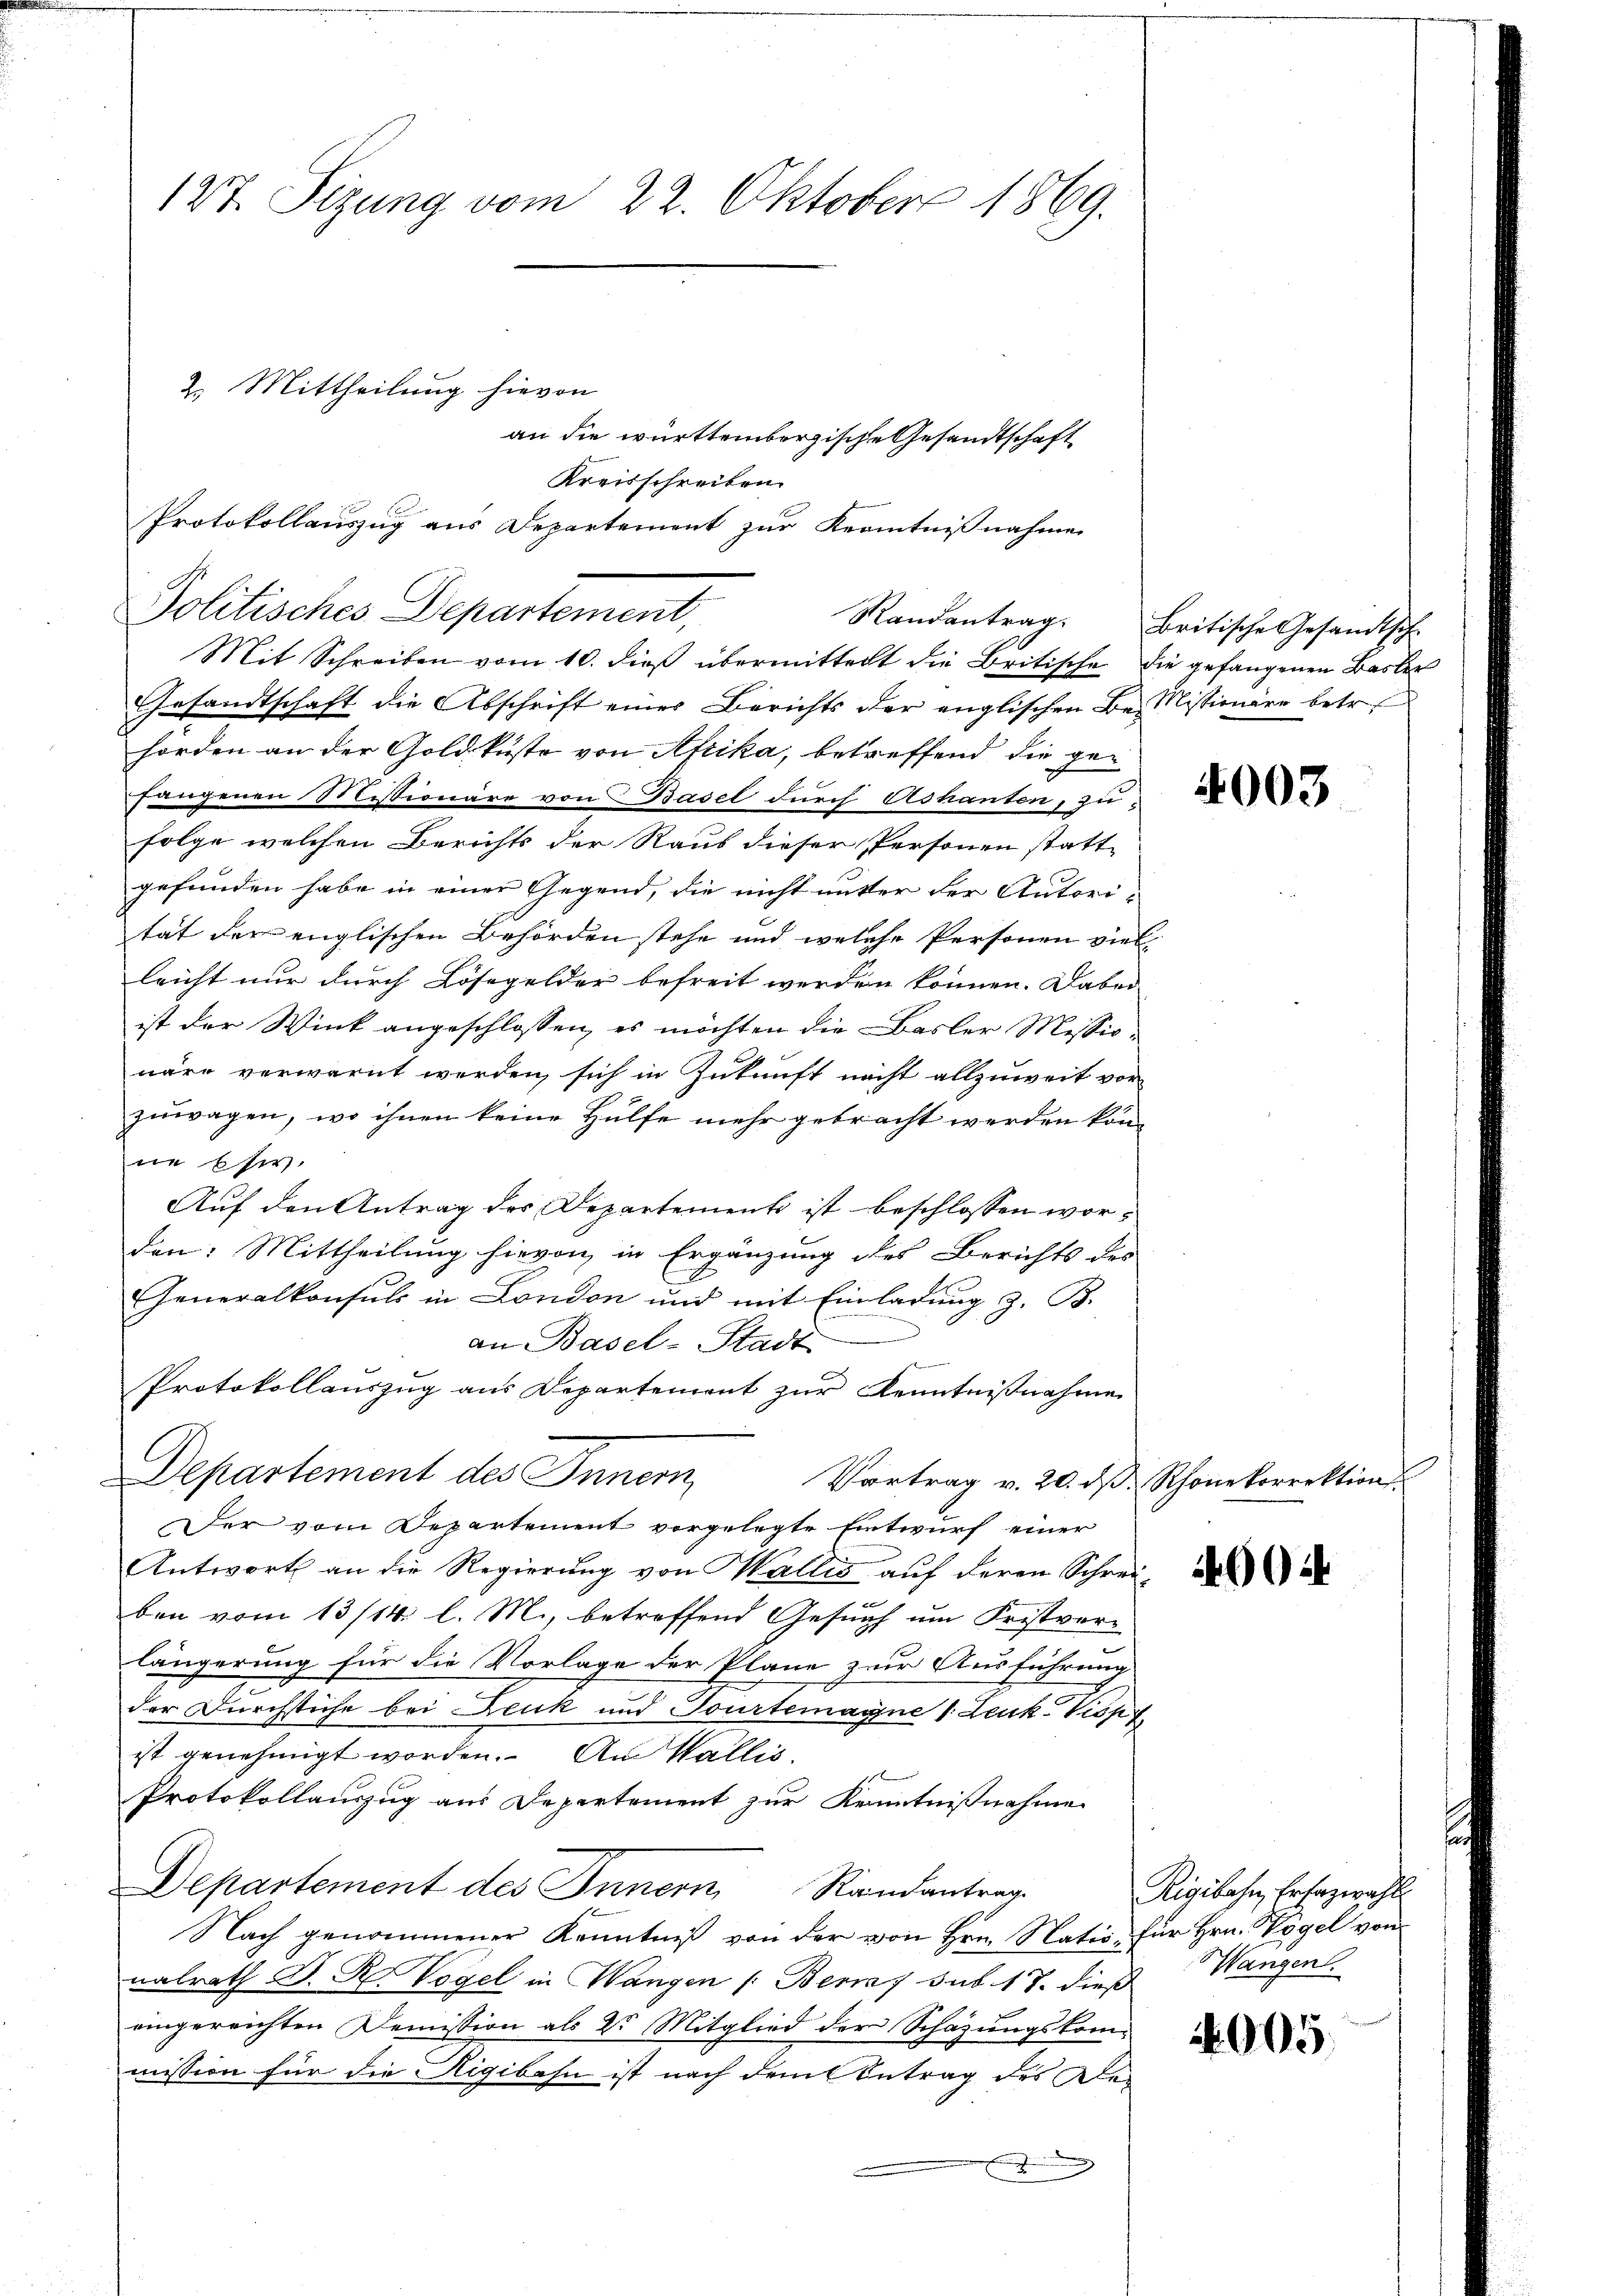
127. Sizung vom 22. Oktober 1869.

Politisches Departement,

2.) Mittheilung hievon

an die württembergische Gesandtschaft
Kreisschreiben.
Protokollauszug aus Departement zur Kenntnißnahme

Mit Schreiben vom 10. dieß übermittelt die Britische die gefangenen Basler
Gesandtschaft die Abschrift einer Berichts der englischen Be- Missionäre betr.
hörden an der Goldküste von Afrika, betreffend die gefangenen Missionäre von Basel durch Ashanten, zu
folge welchen Berichts der Raub dieser Personen statt
gefunden habe in einer Gegend, die nicht unter der Autori-
tät der englischen Behörden stehe und welche Personen viel
leicht nur durch Lösegelder befreit werden können. Dabei
ist der Wink angeschlossen, es möchten die Basler Missionäre verwarnt werden, sich in Zukunft nicht allzuweit vor
zuwagen, wo ihnen keine Hülfe mehr gebracht werden könne Ehe.
Auf den Antrag des Departement ist beschlossen worden: Mittheilung hievon in Ergänzung des Berichts des
Generalkonsuls in London und mit Einladung z. B.
an Basel-Stadt
Protokollauszug aus Departement zur Kenntnißnahme
Departement des Innern,
Vortrag v. 20. dβ. Rhonekorrektion.
Der vom Departement vorgelegte Entwurf einer
Antwort an die Regierung von Wallis auf deren Schreiben vom 13/14. l. M., betreffend Gesuch um Fristver-
längerung für die Vorlage der Plane zur Ausführung
der Durchstiche bei Leuk und Tourtemaine 1. Leuk-Vispf
ist genehmigt worden. An Wallis.
Protokollauszug aus Departement zur Kenntnißnahme
Departement des Innern Randantrag
Nach genommener Kenntniß von der von Hrn. Natio, für Hrn. Vögel von
ialrath D. R. Vogel in Wangen /: Berna sub. 17. dieß Wangen.
eingereichten Demission als Dr. Mitglied der Schazungskommission für die Rigibahn ist nach dem Betrag des Be¬
.

Randantrag. Britische Gesandtsch-

4003

904

Rigibahn, Erhazwahl

4005